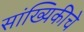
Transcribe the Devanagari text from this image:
सांख्यिकीचे